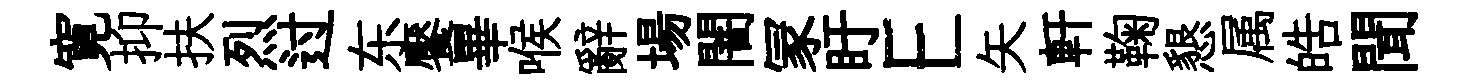
寛抑扶烈过东饜畢喉辭場闇冡盱E矢軒鞠懇属皓聞